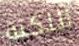
اللكنة